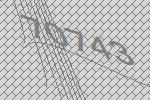
70743